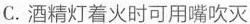
C.酒精灯着火时可用嘴吹灭